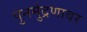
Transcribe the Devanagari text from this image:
पुनर्मुद्रणावर